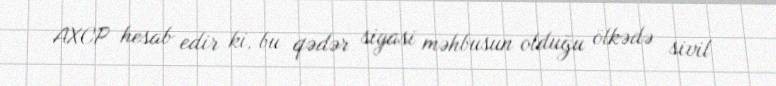
AXCP hesab edir ki, bu qədər siyasi məhbusun olduğu ölkədə sivil